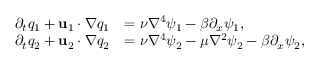
\begin{array} { r l } { \partial _ { t } q _ { 1 } + \mathbf { u } _ { 1 } \cdot \nabla q _ { 1 } } & { = \nu \nabla ^ { 4 } \psi _ { 1 } - \beta \partial _ { x } \psi _ { 1 } , } \\ { \partial _ { t } q _ { 2 } + \mathbf { u } _ { 2 } \cdot \nabla q _ { 2 } } & { = \nu \nabla ^ { 4 } \psi _ { 2 } - \mu \nabla ^ { 2 } \psi _ { 2 } - \beta \partial _ { x } \psi _ { 2 } , } \end{array}